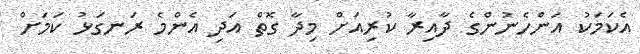
އެކަމަކު އަންހެނުންގެ ދާއިރާ ކުރިއަށް މިދާ ގޮތް އަދި އެންމެ ރަނގަޅު ކަމަށް